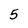
Character: 5